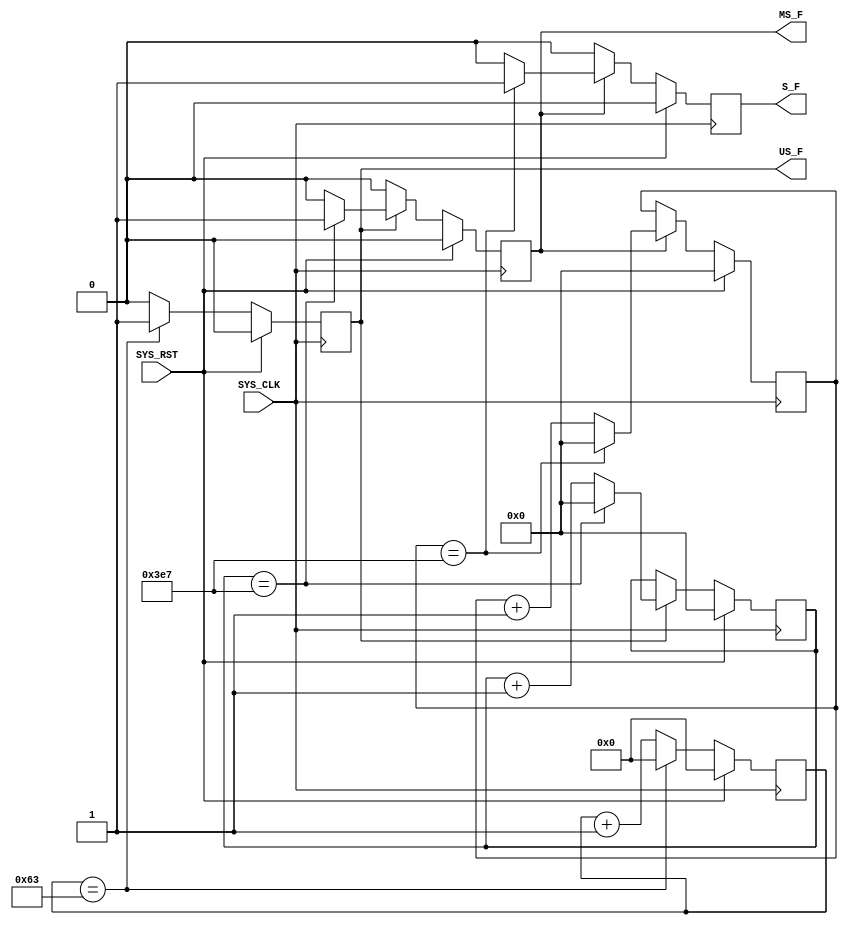

module freq_div
(
	input			SYS_CLK,
	input			SYS_RST,
	output	reg		US_F,
	output	reg		MS_F,
	output	reg		S_F
);

reg	[6:0]	us_reg;
reg	[9:0]	ms_reg;
reg	[9:0]	s_reg;

always @ (posedge SYS_CLK)
	if (SYS_RST) 
		begin
			us_reg <= 0;
			US_F <= 1'b0;
		end
	else 
		begin
			US_F <= 1'b0;
			if (us_reg == 99)
				begin
					us_reg <= 0;
					US_F <= 1'b1;
				end
			else 
				us_reg <= us_reg + 1;
		end 

always @ (posedge SYS_CLK)
	if (SYS_RST) 
		begin
			ms_reg <= 0;
			MS_F <= 1'b0;
		end
	else 
		begin
			MS_F <= 1'b0;
			if (US_F) 
				begin
					if (ms_reg == 999)
						begin
							ms_reg <= 0;
							MS_F <= 1'b1;
						end
					else 
						ms_reg <= ms_reg + 1;
				end
		end
	
always @ (posedge SYS_CLK)
	if (SYS_RST) 
		begin
			s_reg <= 0;
			S_F <= 1'b0;
		end
	else 
		begin
			S_F <= 1'b0;
			if (MS_F)
				begin	
					if (s_reg == 999)
						begin
							s_reg <= 0;
							S_F <= 1'b1;
						end
					else 
						s_reg <= s_reg + 1;
				end
	
		end
		
endmodule